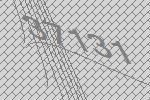
37131